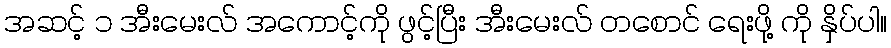
အဆင့် ၁ အီးမေးလ် အကောင့်ကို ဖွင့်ပြီး အီးမေးလ် တစောင် ရေးဖို့ ကို နှိပ်ပါ။